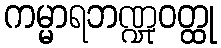
ကမ္မာရဘဏ္ဍုဝတ္ထု